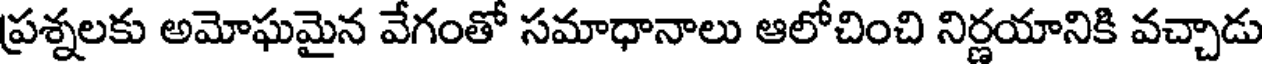
ప్రశ్నలకు అమోఘమైన వేగంతో సమాధానాలు ఆలోచించి నిర్ణయానికి వచ్చాడు